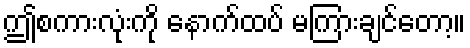
ဤစကားလုံးကို နောက်ထပ် မကြားချင်တော့။